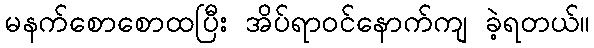
မနက်စောစောထပြီး အိပ်ရာဝင်နောက်ကျ ခဲ့ရတယ်။